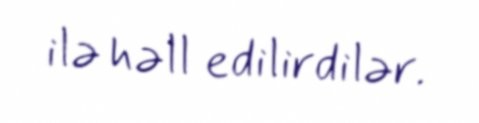
ilə həll edilirdilər.